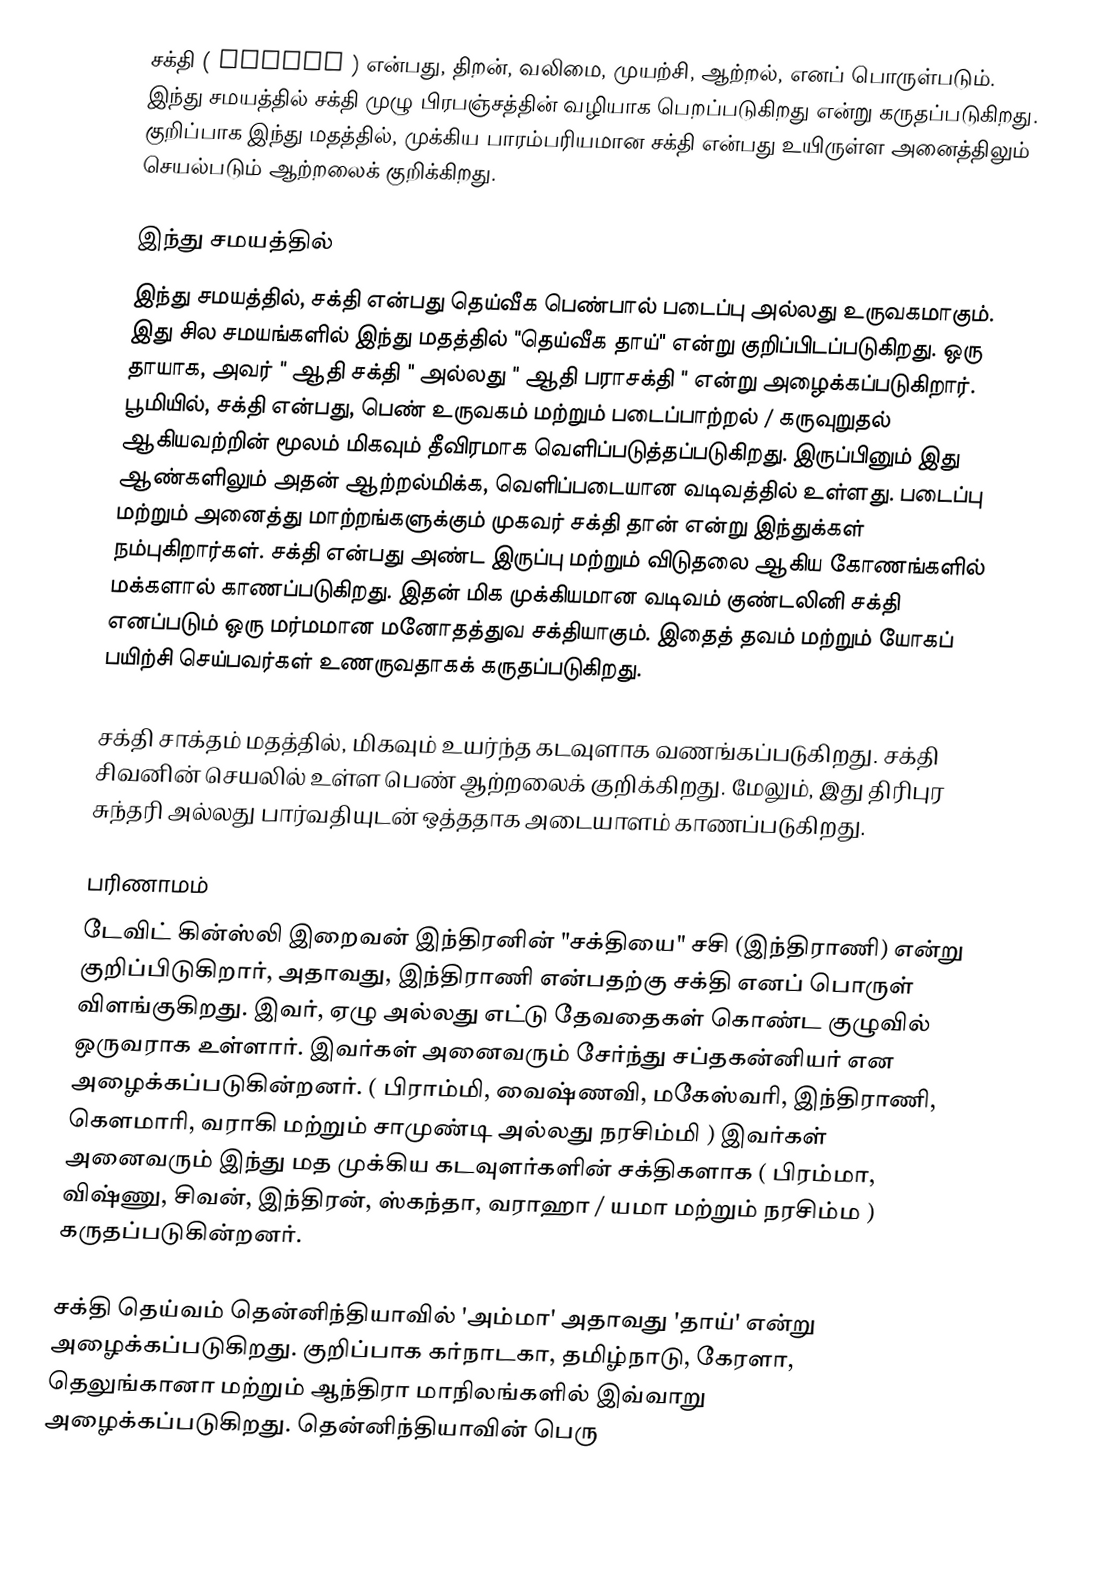
சக்தி ( Shakti ) என்பது, திறன், வலிமை, முயற்சி, ஆற்றல், எனப் பொருள்படும். இந்து சமயத்தில் சக்தி  முழு பிரபஞ்சத்தின் வழியாக பெறப்படுகிறது என்று கருதப்படுகிறது. குறிப்பாக இந்து மதத்தில், முக்கிய பாரம்பரியமான சக்தி என்பது உயிருள்ள அனைத்திலும் செயல்படும் ஆற்றலைக் குறிக்கிறது.

இந்து சமயத்தில்
இந்து சமயத்தில், சக்தி என்பது தெய்வீக பெண்பால் படைப்பு அல்லது உருவகமாகும். இது சில சமயங்களில் இந்து மதத்தில் "தெய்வீக தாய்" என்று குறிப்பிடப்படுகிறது. ஒரு தாயாக, அவர் " ஆதி சக்தி " அல்லது " ஆதி பராசக்தி " என்று அழைக்கப்படுகிறார். பூமியில், சக்தி என்பது, பெண் உருவகம் மற்றும் படைப்பாற்றல் / கருவுறுதல் ஆகியவற்றின் மூலம் மிகவும் தீவிரமாக வெளிப்படுத்தப்படுகிறது. இருப்பினும் இது ஆண்களிலும் அதன் ஆற்றல்மிக்க, வெளிப்படையான வடிவத்தில் உள்ளது. படைப்பு மற்றும் அனைத்து மாற்றங்களுக்கும் முகவர் சக்தி தான் என்று இந்துக்கள் நம்புகிறார்கள். சக்தி என்பது அண்ட இருப்பு மற்றும் விடுதலை ஆகிய கோணங்களில் மக்களால் காணப்படுகிறது. இதன் மிக முக்கியமான வடிவம் குண்டலினி சக்தி எனப்படும் ஒரு மர்மமான மனோதத்துவ சக்தியாகும். இதைத் தவம் மற்றும் யோகப் பயிற்சி செய்பவர்கள் உணருவதாகக் கருதப்படுகிறது.

சக்தி சாக்தம் மதத்தில்,  மிகவும் உயர்ந்த கடவுளாக வணங்கப்படுகிறது. சக்தி சிவனின் செயலில் உள்ள பெண் ஆற்றலைக் குறிக்கிறது. மேலும், இது திரிபுர சுந்தரி அல்லது பார்வதியுடன் ஒத்ததாக அடையாளம் காணப்படுகிறது.

பரிணாமம்
டேவிட் கின்ஸ்லி இறைவன் இந்திரனின் "சக்தியை" சசி (இந்திராணி) என்று குறிப்பிடுகிறார், அதாவது, இந்திராணி என்பதற்கு சக்தி எனப் பொருள் விளங்குகிறது.  இவர், ஏழு அல்லது எட்டு  தேவதைகள் கொண்ட குழுவில் ஒருவராக உள்ளார்.  இவர்கள் அனைவரும் சேர்ந்து சப்தகன்னியர்   என அழைக்கப்படுகின்றனர்.   ( பிராம்மி, வைஷ்ணவி, மகேஸ்வரி, இந்திராணி, கௌமாரி, வராகி மற்றும் சாமுண்டி அல்லது நரசிம்மி ) இவர்கள் அனைவரும்  இந்து மத முக்கிய கடவுளர்களின் சக்திகளாக ( பிரம்மா, விஷ்ணு, சிவன், இந்திரன், ஸ்கந்தா, வராஹா / யமா மற்றும் நரசிம்ம ) கருதப்படுகின்றனர்.

சக்தி தெய்வம் தென்னிந்தியாவில் 'அம்மா' அதாவது 'தாய்' என்று அழைக்கப்படுகிறது.  குறிப்பாக கர்நாடகா, தமிழ்நாடு, கேரளா, தெலுங்கானா மற்றும் ஆந்திரா மாநிலங்களில் இவ்வாறு அழைக்கப்படுகிறது. தென்னிந்தியாவின் பெரு